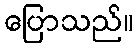
ပြောသည်။